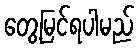
တွေ့မြင်ရပါမည်